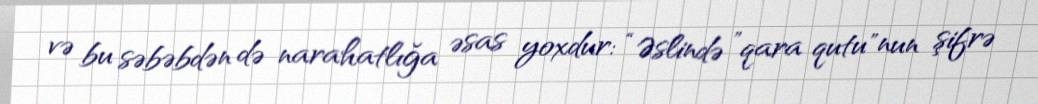
və bu səbəbdən də narahatlığa əsas yoxdur: “Əslində ”qara qutu"nun şifrə